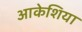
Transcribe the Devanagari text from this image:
आकेशिया